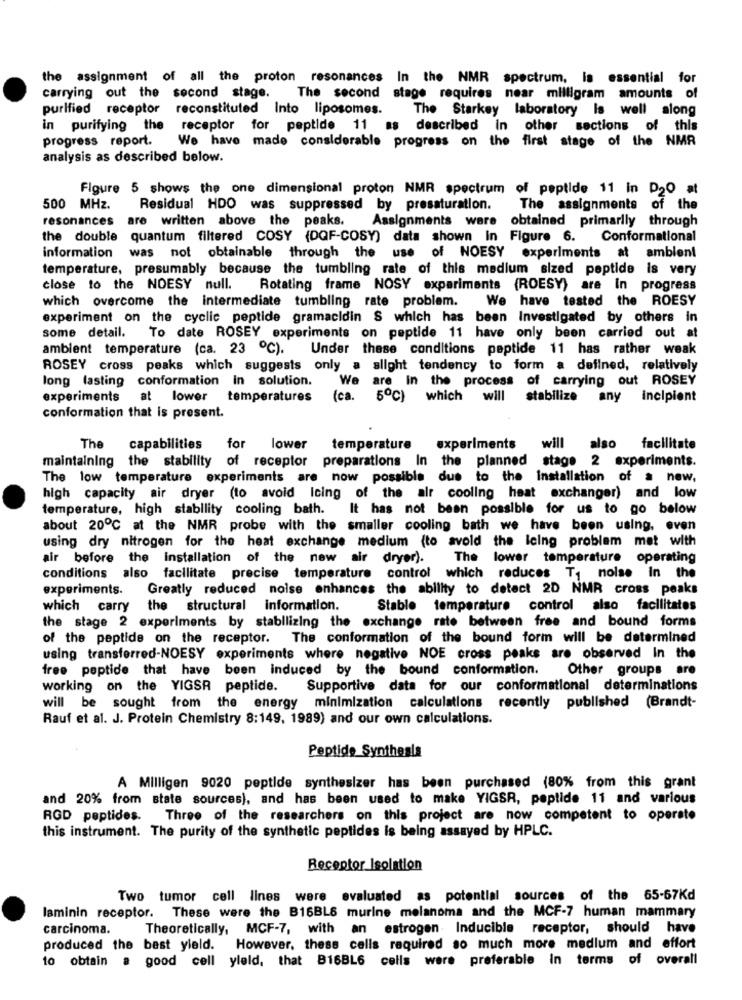
the assignment of all the proton resonances In the NMR spectrum, is essential for
carrying out the second stage.
The second stage requires near milligram amounts of
purified receptor reconstituted Into liposomes.
The Starkey laboratory Is well along
in purifying the receptor for peptide 11 as described in other sections of this
progress report.
We have made considerable progress on the first stage of the NMR
analysis as described below.
Figure 5 shows the one dimensional proton NMR spectrum of peptide 11 in D20 at
500 MHz.
Residual HDO was suppressed by presaturation.
The assignments of the
resonances
are written above the peaks.
Assignments were obtained primarily through
the double
quantum filtered COSY (DQF-COSY) data shown In Figure 6.
Conformational
information
was not obtainable through the use of NOESY experiments at ambient
temperature, presumably because the tumbling rate of this medium sized peptide is very
close to the NOESY null. Rotating frame NOSY experiments (ROESY) are In progress
which overcome the intermediate tumbling rate problem.
We have tested the ROESY
experiment on the cyclic peptide gramacidin S which has been investigated by others in
some detail. To date ROSEY experiments on peptide 11 have only been carried out at
ambient temperature (ca. 23 ℃). Under these conditions peptide 11 has rather weak
ROSEY cross peaks which suggests only a slight tendency to form a defined, relatively
long lasting conformation In solution.
are In the process of carrying out ROSEY
experiments at lower temperatures
(ca. 5℃) which will stabilize any incipient
conformation that is present.
The
capabilities for lower temperature
experiments will also facilitate
maintaining the stability of receptor preparations In the planned stage 2 experiments.
The low temperature experiments are now possible due to the installation of a new,
high capacity air dryer (to avoid Icing of the air cooling heat exchanger) and low
temperature, high stability cooling bath.
It has not been possible for us to go below
about 20℃ at the NMR probe with the smaller cooling bath we have been using, even
using dry nitrogen for the heat exchange medium (to avoid the leing problem met with
air before the installation of the new air dryer).
The lower temperature operating
conditions also facilitate precise temperature control which reduces T, noise in the
experiments.
Greatly reduced noise enhances the ability to detect 2D NMR cross peaks
which carry the structural information.
Stable temperature control also facilitates
the stage 2 experiments by stabilizing the exchange rate between free and bound forms
of the peptide on the receptor. The conformation of the bound form will be determined
using transferred-NOESY experiments where negative NOE cross peaks are observed In the
free peptide that have been induced by the bound conformation.
Other groups are
working on the YIGSR peptide.
Supportive data for our conformational determinations
will be sought from the energy minimization calculations recently published (Brandt-
Rauf et al. J. Protein Chemistry 8:149, 1989) and our own calculations.
Peptide Synthesis
A Milligen 9020 peptide synthesizer has been purchased (80% from this grant
and 20% from state sources), and has been used to make YIGSR, peptide 11 and various
RGD peptides. Three of the researchers on this project are now competent to operate
this instrument. The purity of the synthetic peptides is being assayed by HPLC.
Receptor Isolation
Two tumor cell lines were evaluated as potential sources of the 65-67Kd
laminin receptor. These were the B16BLS murine melanoma and the MCF-7 human mammary
carcinoma.
Theoretically, MCF-7, with an estrogen Inducible receptor, should have
produced the best yield. However, thess cells required so much more medium and effort
to obtain a good cell yleld, that B16BL6 cells were preferable In terms of overall